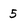
Character: 5